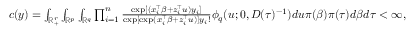
\begin{array} { r l } & { c ( y ) = \int _ { \mathbb { R } _ { + } ^ { r } } \int _ { \mathbb { R } ^ { p } } \int _ { \mathbb { R } ^ { q } } \prod _ { i = 1 } ^ { n } \frac { \exp [ ( x _ { i } ^ { \top } \beta + z _ { i } ^ { \top } u ) y _ { i } ] } { \exp [ \exp ( x _ { i } ^ { \top } \beta + z _ { i } ^ { \top } u ) ] y _ { i } ! } \phi _ { q } ( u ; 0 , D ( \tau ) ^ { - 1 } ) d u \pi ( \beta ) \pi ( \tau ) d \beta d \tau < \infty , } \end{array}